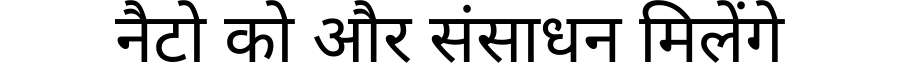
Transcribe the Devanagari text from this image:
नैटो को और संसाधन मिलेंगे